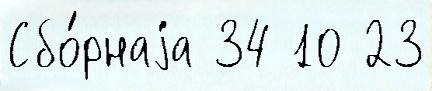
Сбо́рнаjа 34 10 23